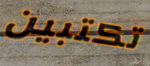
تكتبين